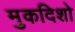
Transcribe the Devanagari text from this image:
मुकदिशो